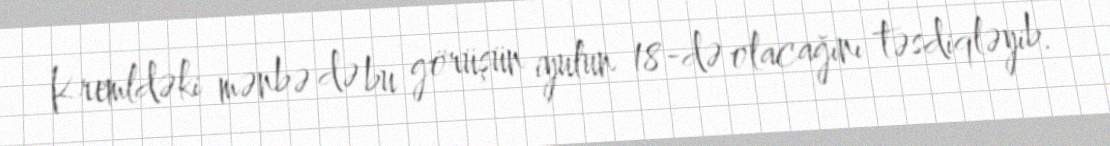
Kremldəki mənbə də bu görüşün iyulun 18-də olacağını təsdiqləyib.